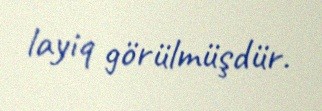
layiq görülmüşdür.